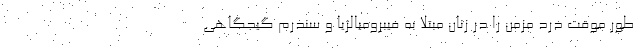
طور موقت درد مزمن را در زنان مبتلا به فیبرومیالژیا و سندرم گیجگاهی